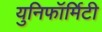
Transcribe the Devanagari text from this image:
युनिफॉर्मिटी